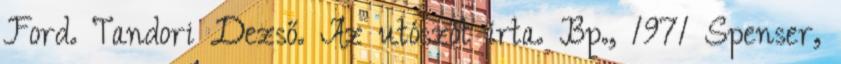
Ford. Tandori Dezső. Az utószót írta. Bp., 1971 Spenser,